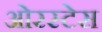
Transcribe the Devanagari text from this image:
ओरस्टेस